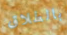
بالطلاق